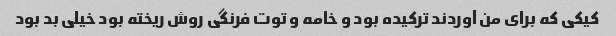
کیکی که برای من آوردند ترکیده بود و خامه و توت فرنگی روش ریخته بود خیلی بد بود